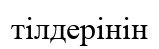
тілдерінін